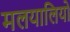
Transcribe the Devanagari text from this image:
मलयालियो